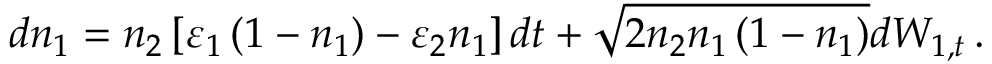
d n _ { 1 } = n _ { 2 } \left[ \varepsilon _ { 1 } \left( 1 - n _ { 1 } \right) - \varepsilon _ { 2 } n _ { 1 } \right] d t + \sqrt { 2 n _ { 2 } n _ { 1 } \left( 1 - n _ { 1 } \right) } d W _ { 1 , t } \, .